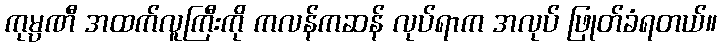
ကုမ္ပဏီ အထက်လူကြီးကို ကလန်ကဆန် လုပ်ရာက အလုပ် ဖြုတ်ခံရတယ်။